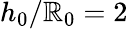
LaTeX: h_{0}/\mathbb{R}_{0}=2